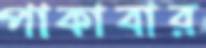
পাকাবার